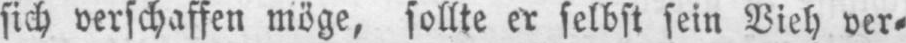
sich verschaffen möge, sollte er selbst sein Vieh ver⸗